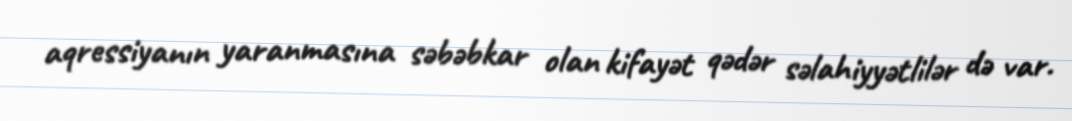
aqressiyanın yaranmasına səbəbkar olan kifayət qədər səlahiyyətlilər də var.